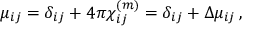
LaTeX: \mu _ { i j } = \delta _ { i j } + 4 \pi \chi _ { i j } ^ { ( m ) } = \delta _ { i j } + \Delta \mu _ { i j } \, ,